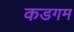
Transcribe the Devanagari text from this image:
कडगम